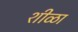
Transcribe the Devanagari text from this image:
शीळा